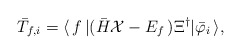
\begin{align*}{\bar T}_{f,i}=\langle\,f\,|({\bar H}{\cal X}-E_{f}\,)\Xi^{\dagger}|{\bar \varphi}_i\,\rangle,\end{align*}